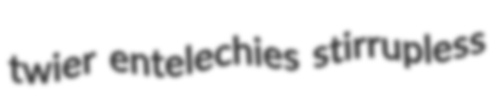
twier entelechies stirrupless